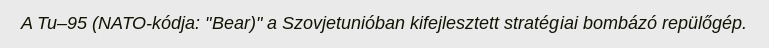
A Tu–95 (NATO-kódja: "Bear)" a Szovjetunióban kifejlesztett stratégiai bombázó repülőgép.